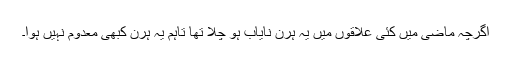
اگرچہ ماضی میں کئی علاقوں میں یہ ہرن نایاب ہو چلا تھا تاہم یہ ہرن کبھی معدوم نہیں ہوا۔